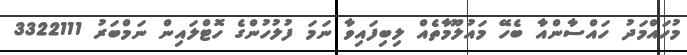
މުހައްމަދު ހައްސާންއާ ބެހޭ މައުލޫމާތެއް ލިބިފައިވާ ނަމަ ފުލުހުންގެ ހޮޓްލައިން ނަމްބަރު 3322111